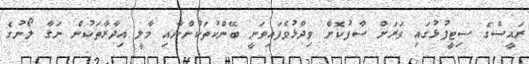
ރައީސްގެ ސިޓީފުޅުގައި ވަރަށް ސާފުކޮށް ވިދާޅުވެފައިވަނީ ބޭންކުތަކުންނާއި މާލީ އިދާރާތަކުން ނަގާ ލޯނުގެ